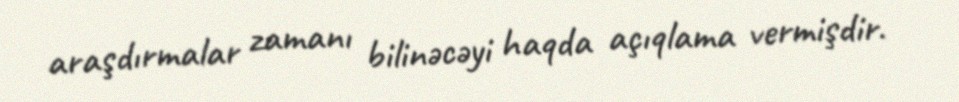
araşdırmalar zamanı bilinəcəyi haqda açıqlama vermişdir.